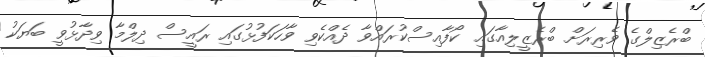
ބްރެޒިލްގެ ވެރިރަށް ބްރެޒީލިއާގައި ކޯފާއިސްކުރައްވާ ދެއްކެވި ވާހަކަފުޅުގައި ރައީސް ދިލްމާ ވިދާޅުވީ ބަޔަކު